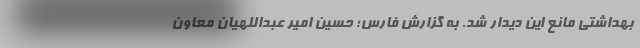
بهداشتی مانع این دیدار شد. به گزارش فارس؛ حسین امیر عبداللهیان معاون